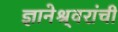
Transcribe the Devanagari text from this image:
ज्ञानेश्र्वरांची